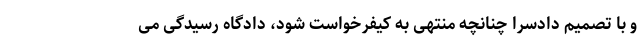
و با تصمیم دادسرا چنانچه منتهی به کیفرخواست شود، دادگاه رسیدگی می